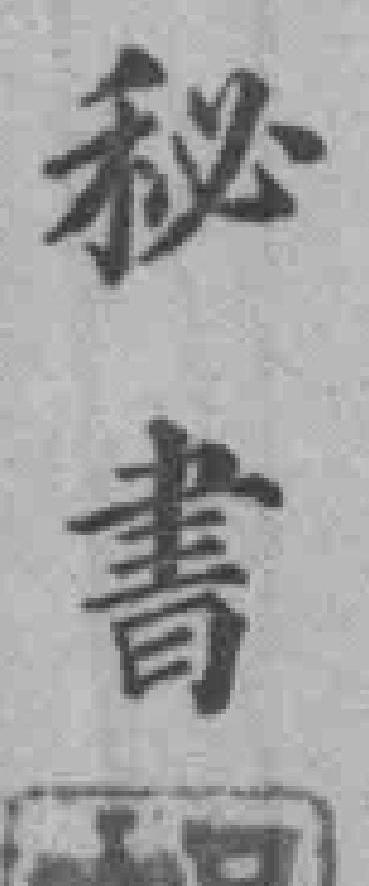
秘書